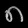
Digit: ၈